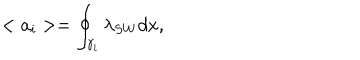
< a _ { i } > = \oint _ { { \cal \gamma } _ { i } } \lambda _ { S W } d x ,